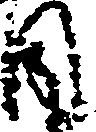
目